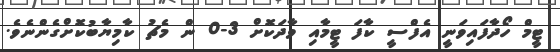
ޓީމް ހޯދާފައިވަނީ އެފްސީ ކާފަ ޓީމާއި ވާދަކޮށް 3-0 ން މެޗު ކާމިޔާބުކޮށްގެންނެވެ.